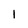
Character: 1